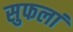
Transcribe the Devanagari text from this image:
सुफलां